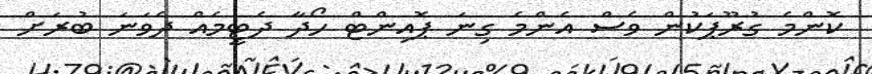
ކޮންމެ ގުރޫޕަކުން ވެސް އެންމެ ގިނަ ޕޮއިންޓް ހޯދާ ދެޓީމެއް ދެވަނަ ބުރަށް